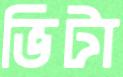
ভিটা